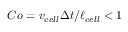
C o = v _ { c e l l } \Delta t / \ell _ { c e l l } < 1